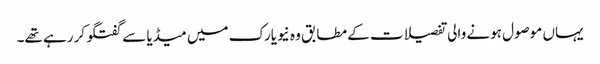
یہاں موصول ہونے والی تفصیلات کے مطابق وہ نیویارک میں میڈیا سے گفتگو کر رہے تھے۔